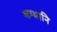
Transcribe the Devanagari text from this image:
शम्भ्रानि